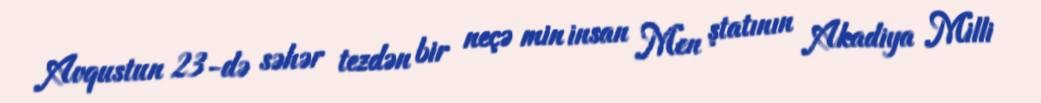
Avqustun 23-də səhər tezdən bir neçə min insan Men ştatının Akadiya Milli